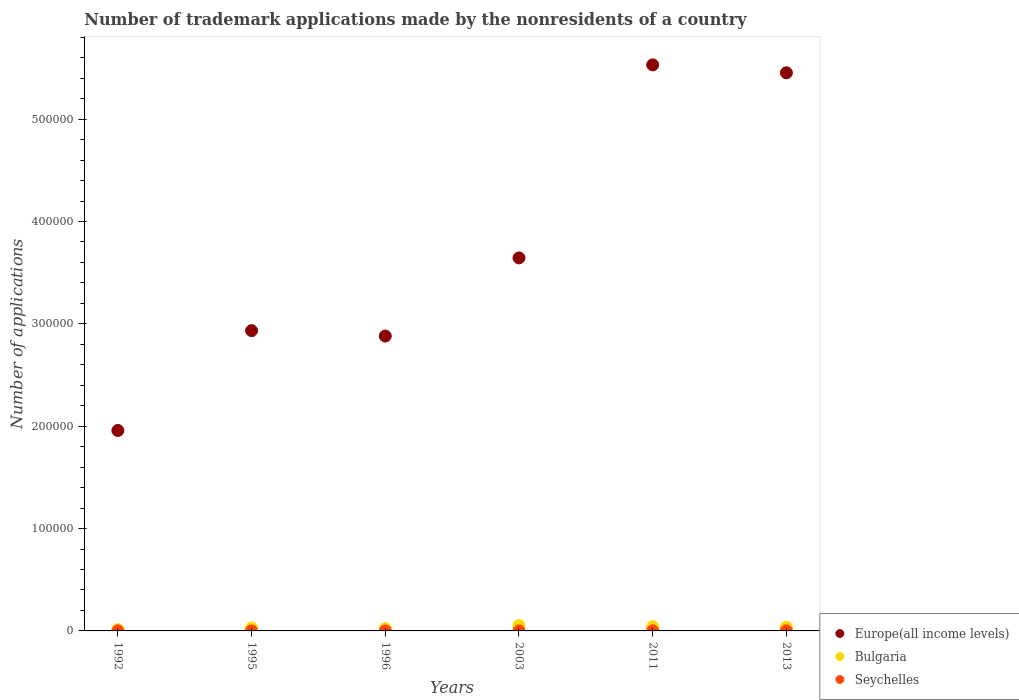
| Years | Europe(all income levels) | Bulgaria | Seychelles |
 | --- | --- | --- | --- |
 | 1992 | 1.96e+05 | 1.25e+03 | 3 |
 | 1995 | 2.93e+05 | 2.86e+03 | 16 |
 | 1996 | 2.88e+05 | 2.24e+03 | 12 |
 | 2003 | 3.64e+05 | 5.22e+03 | 16 |
 | 2011 | 5.53e+05 | 4.06e+03 | 91 |
 | 2013 | 5.45e+05 | 3.68e+03 | 106 |